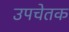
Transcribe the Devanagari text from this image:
उपचेतक